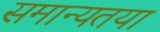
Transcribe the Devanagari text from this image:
समान्यतया